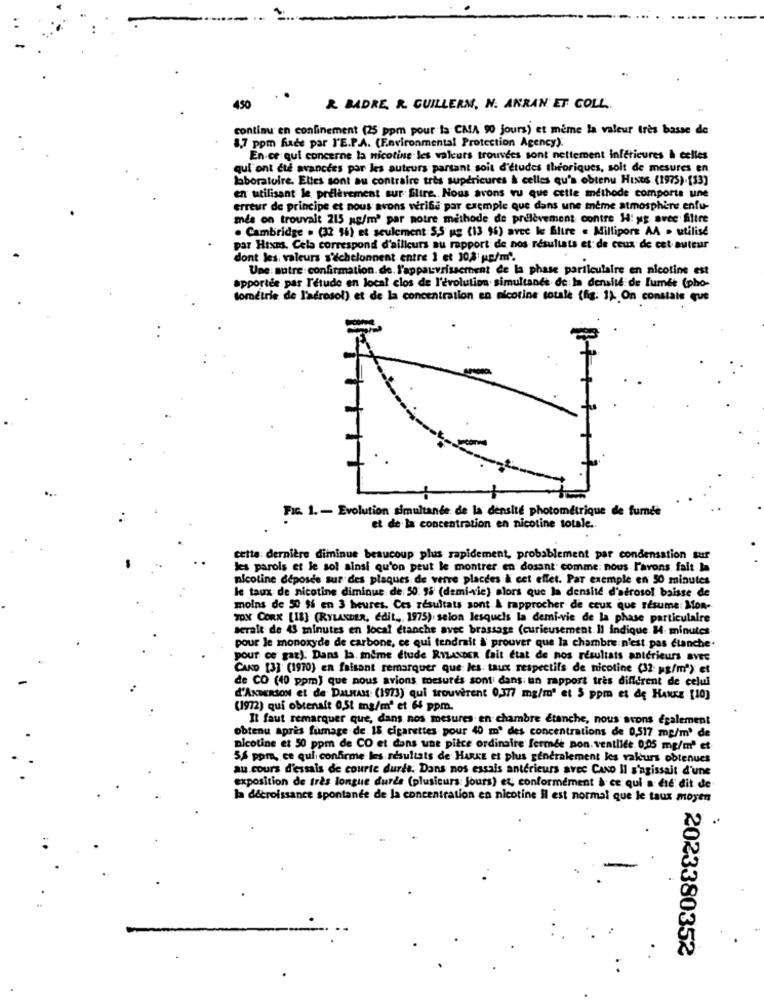
450
& BADRE R. GUILLERN. N. ANRAN ET COLL.
continu en confinement (25 ppm pour ia CAA 90 jours) et même la valeur très basse de
8,7 ppm face par L'E.P.A. (Environmental Protection Agency)
En ce qui concerne la nicotine les valeurs trouvees sont nettement infericures & celles
qui ont ete avancees par les auteurs parsant soit d'etudes théoriques, soit de mesures en
laboratoire. Elles sont au contraire très supérieures & celles qu'a obtenu Hints (1975).[13]
en utilisant le prélèvement sur filtre .. Nous avons vu que cette méthode comporte une
erreur de principe et nous avons verifi par exemple que dans une meme atmosphere. enfu-
mis on trouvait 215 ag/m2 par notre methode de prélèvement contre H: yg avec Slire
. Cambridge . (32 16) et seulement 5,5 ug (13 96) avec le filtre . Millipore AA . utilisé
par Htxms. Cela correspond d'ailleurs au rapport de nos résultats et de ceux de cet auteur
dont les, valeurs s'échelonnent entre 1 et 30,2 up/m".
Une autre confirmation. de. l'appauvrissement de la phase particulaire en nicotine est
apportée par l'étude en local clos de l'évolution. simultanés de la densité de fumét (pho-
tométrie de l'aérosol) et de la concentration en nicotine totale (fig. 1); On constate que
FIG. 1. - Evolution simultanée de la densité photométrique de fumée
et de la concentration en nicotine totale ..
cette: dernière diminue beaucoup plus rapidement, probablement par condensation sur
les parols et le sol ainsi qu'on peut le montrer en dosant: comme: nous l'avons fait la
nicotine déposée sur des plaques de verre placees à cet effet. Par exemple en 50 minutes
le taux de nicotine diminue de 50. 96 (demi-vie) alors que la densité d'aérosol baisse de
moins de 50 $% en 3 heures. Ces résultats sont & rapprocher de ceux que resume: Mon-
TOX CORK [18] (RYLANDER, Edit ... 1975). selon lesquels la demi-vie de la phase particulaire
serait de 43 minutes en local etanche avec brassage (curieusement Il indique 14: minutes
pour le monoxyde de carbone, ce qui tendrait &' prouver que la chambre n'est pas etanche.
pour ce gar). Dans la. même dtude RyLANDER fait Etat de nos résultats antérieurs avec
CAND [3] (1970) en faisant remarquer que les taux respectifs de nicotine (32: ug/mª) et
de CO (40 ppm) que nous avions mesurés sont dans un rapport très différent de celui
d'ANDERSON et de DALMAN (1973) qui trouverent 0,377 mg/m' et 5 ppm et de HAKKE [10]
(1972) qui obtenait 0,51 mg/m' et 64 ppm.
Il faut remarquer que, dans nos mesures en chambre étanche, nous avons également
obtenu après fumage de 15 cigarettes pour 40 m' des concentrations de 0,517 mg/m3 de
nicotine et 50 ppm de CO et dans une pièce ordinaire fermée pon. ventlife. 0,05 mg/m' et
5& ppra, ce qui confirme les résultats de HARKE et plus generalement les vakurs obtenues
au cours d'essais de courte durée. Dans nos essais antérieurs avec CANo Il s'agissait d'une
exposition de très longue durée (plusieurs Jours) et conformément à ce qui a die' dit de
la décroissance spontanee de la concentration en nicotine il est normal que le taux moyen
2023380352